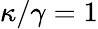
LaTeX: \kappa/\gamma=1